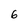
Character: 6